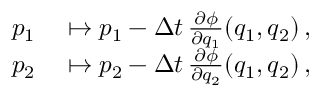
\begin{array} { r l } { p _ { 1 } } & { { } \mapsto p _ { 1 } - \Delta t \, \frac { \partial \phi } { \partial q _ { 1 } } \! \left( q _ { 1 } , q _ { 2 } \right) , } \\ { p _ { 2 } } & { { } \mapsto p _ { 2 } - \Delta t \, \frac { \partial \phi } { \partial q _ { 2 } } \! \left( q _ { 1 } , q _ { 2 } \right) , } \end{array}